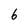
Character: 6